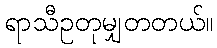
ရာသီဥတုမျှတတယ်။